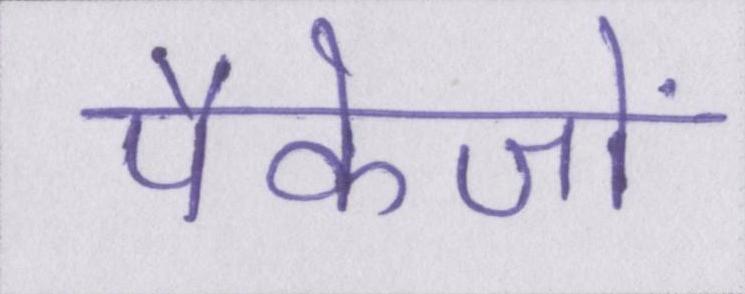
पैकेजों